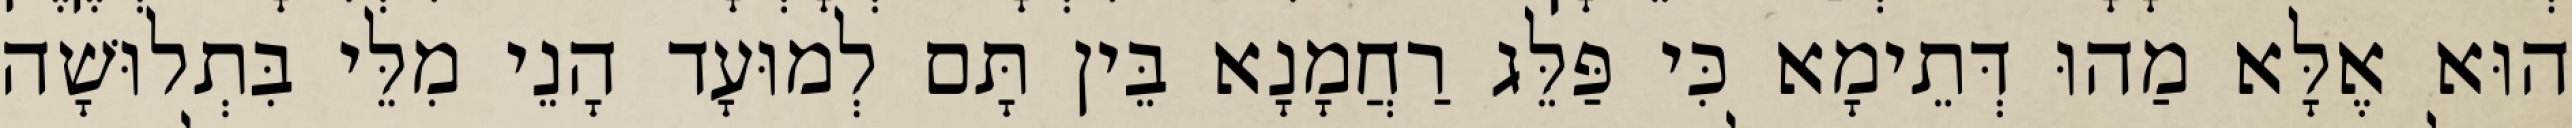
הוּא אֶלָּא מַהוּ דְּתֵימָא כִּי פַּלֵּג רַחֲמָנָא בֵּין תָּם לְמוּעָד הָנֵי מִלֵּי בִּתְלוּשָׁה